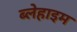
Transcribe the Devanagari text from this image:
ब्लेहाइम